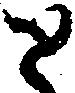
と